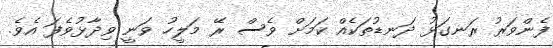
ފެންވަރު ރަނގަޅު ދަނޑުތަކެއް ކަމަށް ވެސް ރޭ މަލީހު ވަނީ ވިދާޅުވެފަ އެވެ.